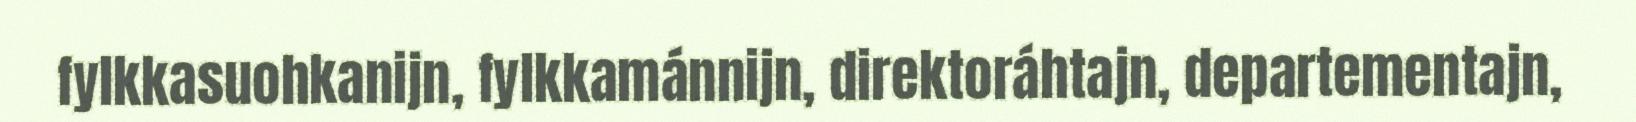
fylkkasuohkanijn, fylkkamánnijn, direktoráhtajn, departementajn,